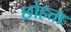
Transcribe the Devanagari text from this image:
छोहता